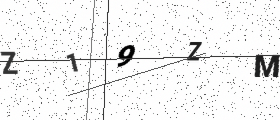
Text: Z19ZM